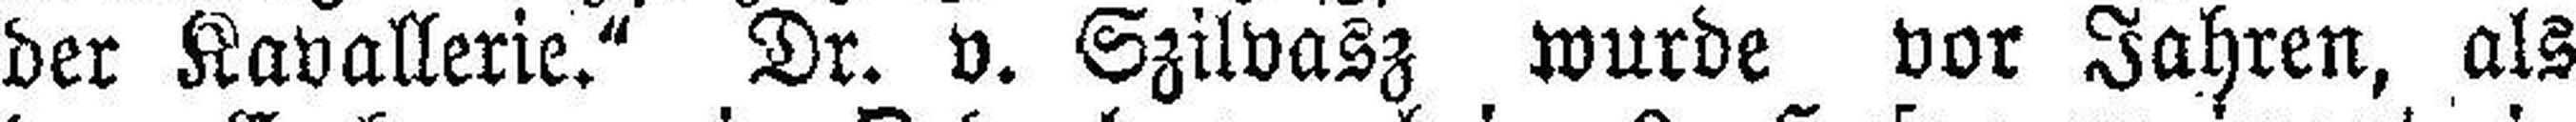
der Kavallerie.“ Dr. v. Szilvasz wurde vor Jahren, als